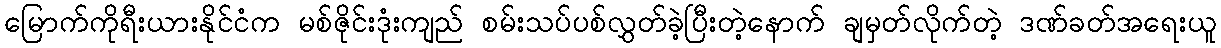
မြောက်ကိုရီးယားနိုင်ငံက မစ်ဇိုင်းဒုံးကျည် စမ်းသပ်ပစ်လွှတ်ခဲ့ပြီးတဲ့နောက် ချမှတ်လိုက်တဲ့ ဒဏ်ခတ်အရေးယူ